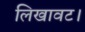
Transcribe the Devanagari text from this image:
लिखावट।